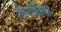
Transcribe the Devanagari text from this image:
हेल्वेतिया